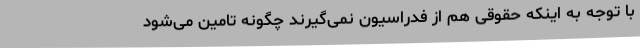
با توجه به اینکه حقوقی هم از فدراسیون نمی‌گیرند چگونه تامین می‌شود